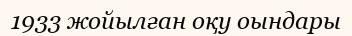
1933 жойылған оқу оындары